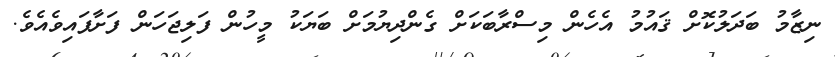
ނިޒާމު ބަދަލުކޮށް ޤައުމު އެހެން މިސްރާބަކަށް ގެންދިޔުމަށް ބަޔަކު މީހުން ފަލިޖަހަން ފަށާފައިވެއެވެ.